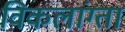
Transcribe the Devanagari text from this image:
विकलांग्‍ता